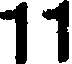
11